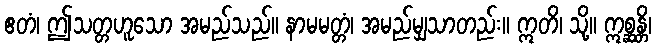
ဧတံ၊ ဤသတ္တဟူသော အမည်သည်။ နာမမတ္တံ၊ အမည်မျှသာတည်း။ ဣတိ၊ သို့။ ဣစ္ဆန္တိ၊